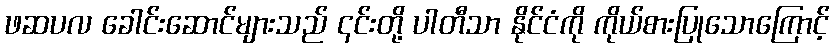
ဖဆပလ ခေါင်းဆောင်များသည် ၎င်းတို့ ပါတီသာ နိုင်ငံကို ကိုယ်စားပြုသောကြောင့်